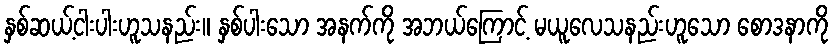
နှစ်ဆယ့်ငါးပါးဟူသနည်း။ နှစ်ပါးသော အနက်ကို အဘယ်ကြောင့် မယူလေသနည်းဟူသော စောဒနာကို